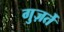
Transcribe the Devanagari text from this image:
गुज़र्ते